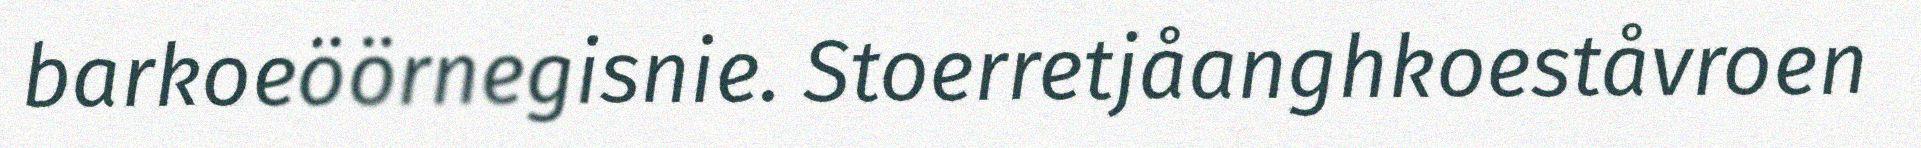
barkoeöörnegisnie. Stoerretjåanghkoeståvroen